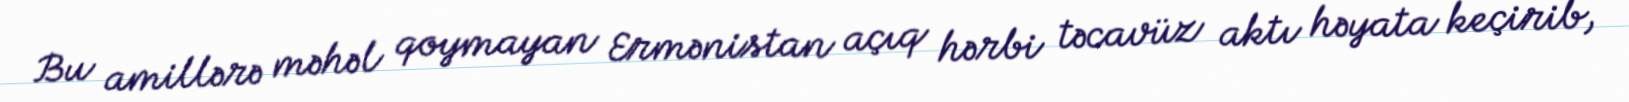
Bu amillərə məhəl qoymayan Ermənistan açıq hərbi təcavüz aktı həyata keçirib,